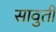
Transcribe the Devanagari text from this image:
सावुती